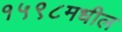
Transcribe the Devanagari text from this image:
१५९८मधील